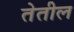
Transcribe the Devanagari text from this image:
तेतील